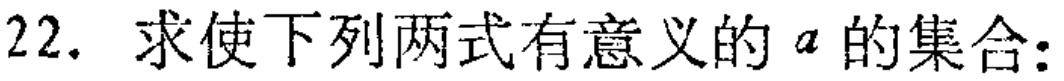
22. 求使下列两式有意义的 \(a\) 的集合: